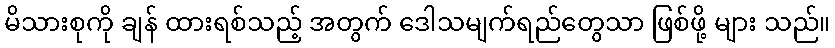
မိသားစုကို ချန် ထားရစ်သည့် အတွက် ဒေါသမျက်ရည်တွေသာ ဖြစ်ဖို့ များ သည်။